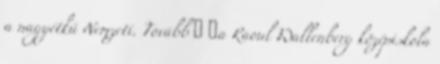
a nagyétkű Nemzeti. Tovább › ›a Raoul Wallenberg középiskola